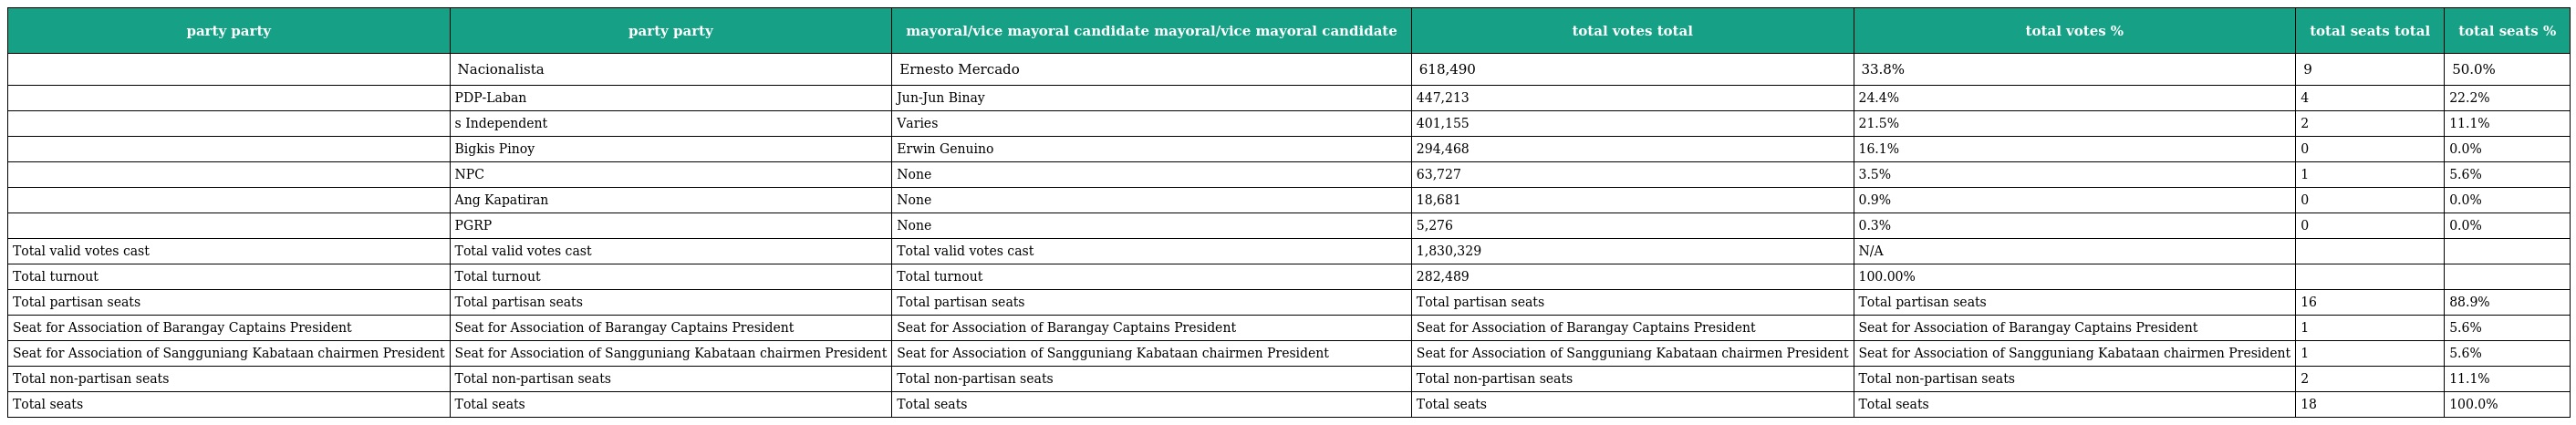
| party party | party party | mayoral/vice mayoral candidate mayoral/vice mayoral candidate | total votes total | total votes % | total seats total | total seats % |
 | --- | --- | --- | --- | --- | --- | --- |
 |  | Nacionalista | Ernesto Mercado | 618,490 | 33.8% | 9 | 50.0% |
 |  | PDP-Laban | Jun-Jun Binay | 447,213 | 24.4% | 4 | 22.2% |
 |  | s Independent | Varies | 401,155 | 21.5% | 2 | 11.1% |
 |  | Bigkis Pinoy | Erwin Genuino | 294,468 | 16.1% | 0 | 0.0% |
 |  | NPC | None | 63,727 | 3.5% | 1 | 5.6% |
 |  | Ang Kapatiran | None | 18,681 | 0.9% | 0 | 0.0% |
 |  | PGRP | None | 5,276 | 0.3% | 0 | 0.0% |
 | Total valid votes cast | Total valid votes cast | Total valid votes cast | 1,830,329 | N/A |  |  |
 | Total turnout | Total turnout | Total turnout | 282,489 | 100.00% |  |  |
 | Total partisan seats | Total partisan seats | Total partisan seats | Total partisan seats | Total partisan seats | 16 | 88.9% |
 | Seat for Association of Barangay Captains President | Seat for Association of Barangay Captains President | Seat for Association of Barangay Captains President | Seat for Association of Barangay Captains President | Seat for Association of Barangay Captains President | 1 | 5.6% |
 | Seat for Association of Sangguniang Kabataan chairmen President | Seat for Association of Sangguniang Kabataan chairmen President | Seat for Association of Sangguniang Kabataan chairmen President | Seat for Association of Sangguniang Kabataan chairmen President | Seat for Association of Sangguniang Kabataan chairmen President | 1 | 5.6% |
 | Total non-partisan seats | Total non-partisan seats | Total non-partisan seats | Total non-partisan seats | Total non-partisan seats | 2 | 11.1% |
 | Total seats | Total seats | Total seats | Total seats | Total seats | 18 | 100.0% |